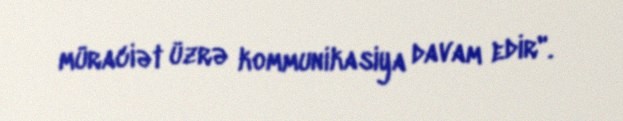
müraciət üzrə kommunikasiya davam edir".